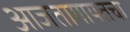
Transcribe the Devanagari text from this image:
आजतागायतचा